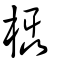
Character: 欇